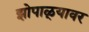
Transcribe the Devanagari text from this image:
झोपाळ्यावर